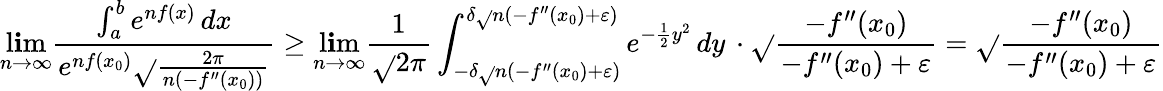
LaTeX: \operatorname*{l\mathbf{i}m}_{n\to\infty}{\frac{{\int_{a}^{b}e^{nf(x)}\, dx}}{{e^{nf(x_{0})}{\sqrt{}{{\frac{{2\pi}}{{n(-f^{\prime\prime}(x_{0}))}}}}}}}}\geq\operatorname*{l\mathbf{i}m}_{n\to\infty}{\frac{{1}}{{\sqrt{}{{2\pi}}}}}\int_{-\delta{\sqrt{}{{n(-f^{\prime\prime}(x_{0})+\varepsilon)}}}}^{\delta{\sqrt{}{{n(-f^{\prime\prime}(x_{0})+\varepsilon)}}}}e^{-{\frac{{1}}{{2}}}y^{2}}\, dy\, \cdot{\sqrt{}{{\frac{{-f^{\prime\prime}(x_{0})}}{{-f^{\prime\prime}(x_{0})+\varepsilon}}}}}={\sqrt{}{{\frac{{-f^{\prime\prime}(x_{0})}}{{-f^{\prime\prime}(x_{0})+\varepsilon}}}}}